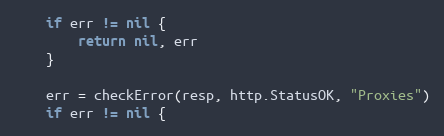
Language: Go
	if err != nil {
		return nil, err
	}

	err = checkError(resp, http.StatusOK, "Proxies")
	if err != nil {